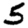
Digit: 5